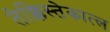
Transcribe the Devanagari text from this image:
तेक्किस्तेकात्ल